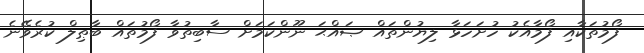
ފޯމުތަކާއި ފޯމާއެކު ހުށަހަޅާ ލިޔުންތައް ޞައްޙަ ނޫންކަމަށް ސާބިތުވާ ފޯމުތައް ބާޠިލް ކުރެވޭނެ